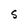
Character: S